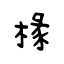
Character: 椽